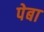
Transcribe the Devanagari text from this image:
पेबा